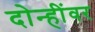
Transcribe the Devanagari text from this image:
दोन्हींवर